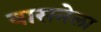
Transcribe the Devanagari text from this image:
वासनेला